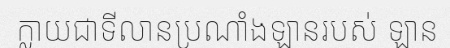
ក្លាយជាទីលានប្រណាំងឡានរបស់ ឡាន